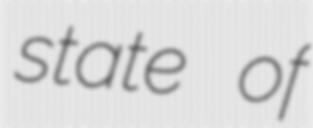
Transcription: state of